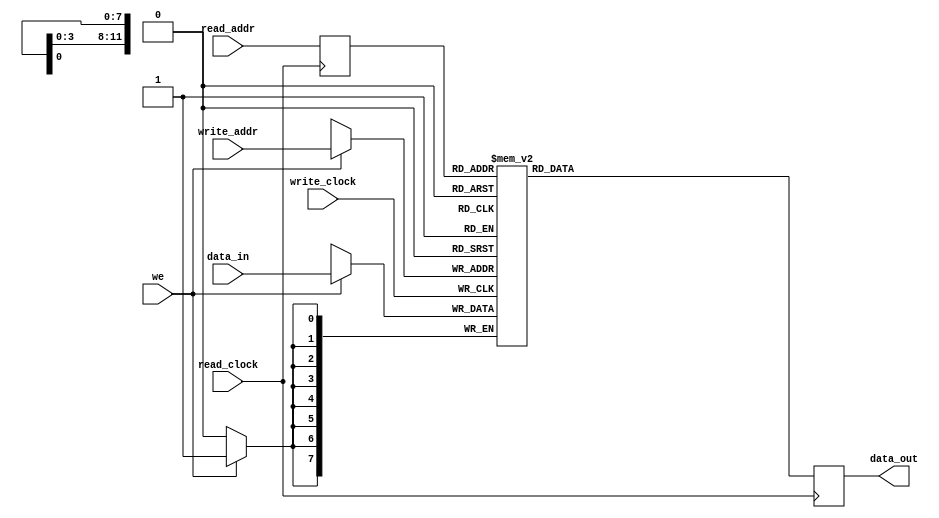
// SPDX-License-Identifier: BSD-2-Clause
// Copyright (c) 2015 miya All rights reserved.

/*
 ver. 2024/04/21
 write delay: immediately
 read delay: 2 clock cycle
*/

module dual_clk_ram
  #(
    parameter DATA_WIDTH = 8,
    parameter ADDR_WIDTH = 12,
    parameter RAM_TYPE = "auto"
    )
  (
   input wire [(DATA_WIDTH-1):0] data_in,
   input wire [(ADDR_WIDTH-1):0] read_addr,
   input wire [(ADDR_WIDTH-1):0] write_addr,
   input wire                    we,
   input wire                    read_clock,
   input wire                    write_clock,
   output reg [(DATA_WIDTH-1):0] data_out
   );

  reg [(ADDR_WIDTH-1):0]         read_addr_reg;
  always @(posedge read_clock)
    begin
      read_addr_reg <= read_addr;
    end

  generate
    if (RAM_TYPE == "xi_distributed")
      begin: gen
        (* ram_style = "distributed" *) reg [DATA_WIDTH-1:0] ram [0:(1 << ADDR_WIDTH)-1];
        always @(posedge read_clock)
          begin
            data_out <= ram[read_addr_reg];
          end
        always @(posedge write_clock)
          begin
            if (we)
              begin
                ram[write_addr] <= data_in;
              end
          end
      end
    else if (RAM_TYPE == "xi_block")
      begin: gen
        (* ram_style = "block" *) reg [DATA_WIDTH-1:0] ram [0:(1 << ADDR_WIDTH)-1];
        always @(posedge read_clock)
          begin
            data_out <= ram[read_addr_reg];
          end
        always @(posedge write_clock)
          begin
            if (we)
              begin
                ram[write_addr] <= data_in;
              end
          end
      end
    else if (RAM_TYPE == "xi_register")
      begin: gen
        (* ram_style = "register" *) reg [DATA_WIDTH-1:0] ram [0:(1 << ADDR_WIDTH)-1];
        always @(posedge read_clock)
          begin
            data_out <= ram[read_addr_reg];
          end
        always @(posedge write_clock)
          begin
            if (we)
              begin
                ram[write_addr] <= data_in;
              end
          end
      end
    else if (RAM_TYPE == "xi_ultra")
      begin: gen
        (* ram_style = "ultra" *) reg [DATA_WIDTH-1:0] ram [0:(1 << ADDR_WIDTH)-1];
        always @(posedge read_clock)
          begin
            data_out <= ram[read_addr_reg];
          end
        always @(posedge write_clock)
          begin
            if (we)
              begin
                ram[write_addr] <= data_in;
              end
          end
      end
    else if (RAM_TYPE == "al_logic")
      begin: gen
        (* ramstyle = "logic" *) reg [DATA_WIDTH-1:0] ram [0:(1 << ADDR_WIDTH)-1];
        always @(posedge read_clock)
          begin
            data_out <= ram[read_addr_reg];
          end
        always @(posedge write_clock)
          begin
            if (we)
              begin
                ram[write_addr] <= data_in;
              end
          end
      end
    else if (RAM_TYPE == "al_mlab")
      begin: gen
        (* ramstyle = "MLAB" *) reg [DATA_WIDTH-1:0] ram [0:(1 << ADDR_WIDTH)-1];
        always @(posedge read_clock)
          begin
            data_out <= ram[read_addr_reg];
          end
        always @(posedge write_clock)
          begin
            if (we)
              begin
                ram[write_addr] <= data_in;
              end
          end
      end
    else
      begin: gen
        reg [DATA_WIDTH-1:0] ram [0:(1 << ADDR_WIDTH)-1];
        always @(posedge read_clock)
          begin
            data_out <= ram[read_addr_reg];
          end
        always @(posedge write_clock)
          begin
            if (we)
              begin
                ram[write_addr] <= data_in;
              end
          end
      end
  endgenerate

endmodule